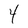
Character: Y